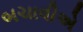
બચાવીએ